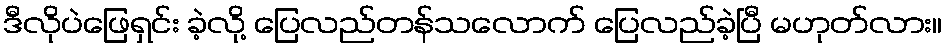
ဒီလိုပဲဖြေရှင်း ခဲ့လို့ ပြေလည်တန်သလောက် ပြေလည်ခဲ့ပြီ မဟုတ်လား။